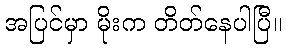
အပြင်မှာ မိုးက တိတ်နေပါပြီ။